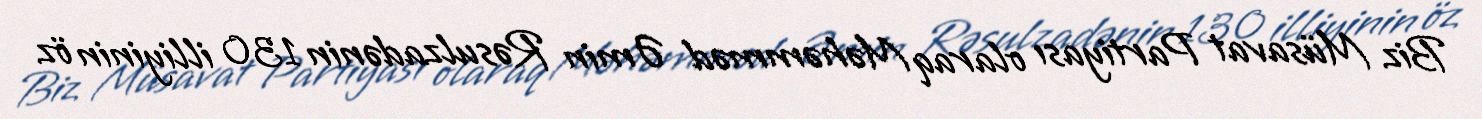
Biz Müsavat Partiyası olaraq Məhəmməd Əmin Rəsulzadənin 130 illiyinin öz